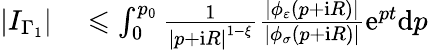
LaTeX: \begin{array}{rl}{\left\vert I_{\Gamma_{1}}\right\vert}&{{}\leqslant\int_{0}^{p_{0}}\frac{1}{\left\vert p+\mathrm{i}R\right\vert^{1-\xi}}\frac{\left\vert\phi_{\varepsilon}\left(p+\mathrm{i}R\right)\right\vert}{\left\vert\phi_{\sigma}\left(p+\mathrm{i}R\right)\right\vert}\mathrm{e}^{pt}\mathrm{d}p}\end{array}